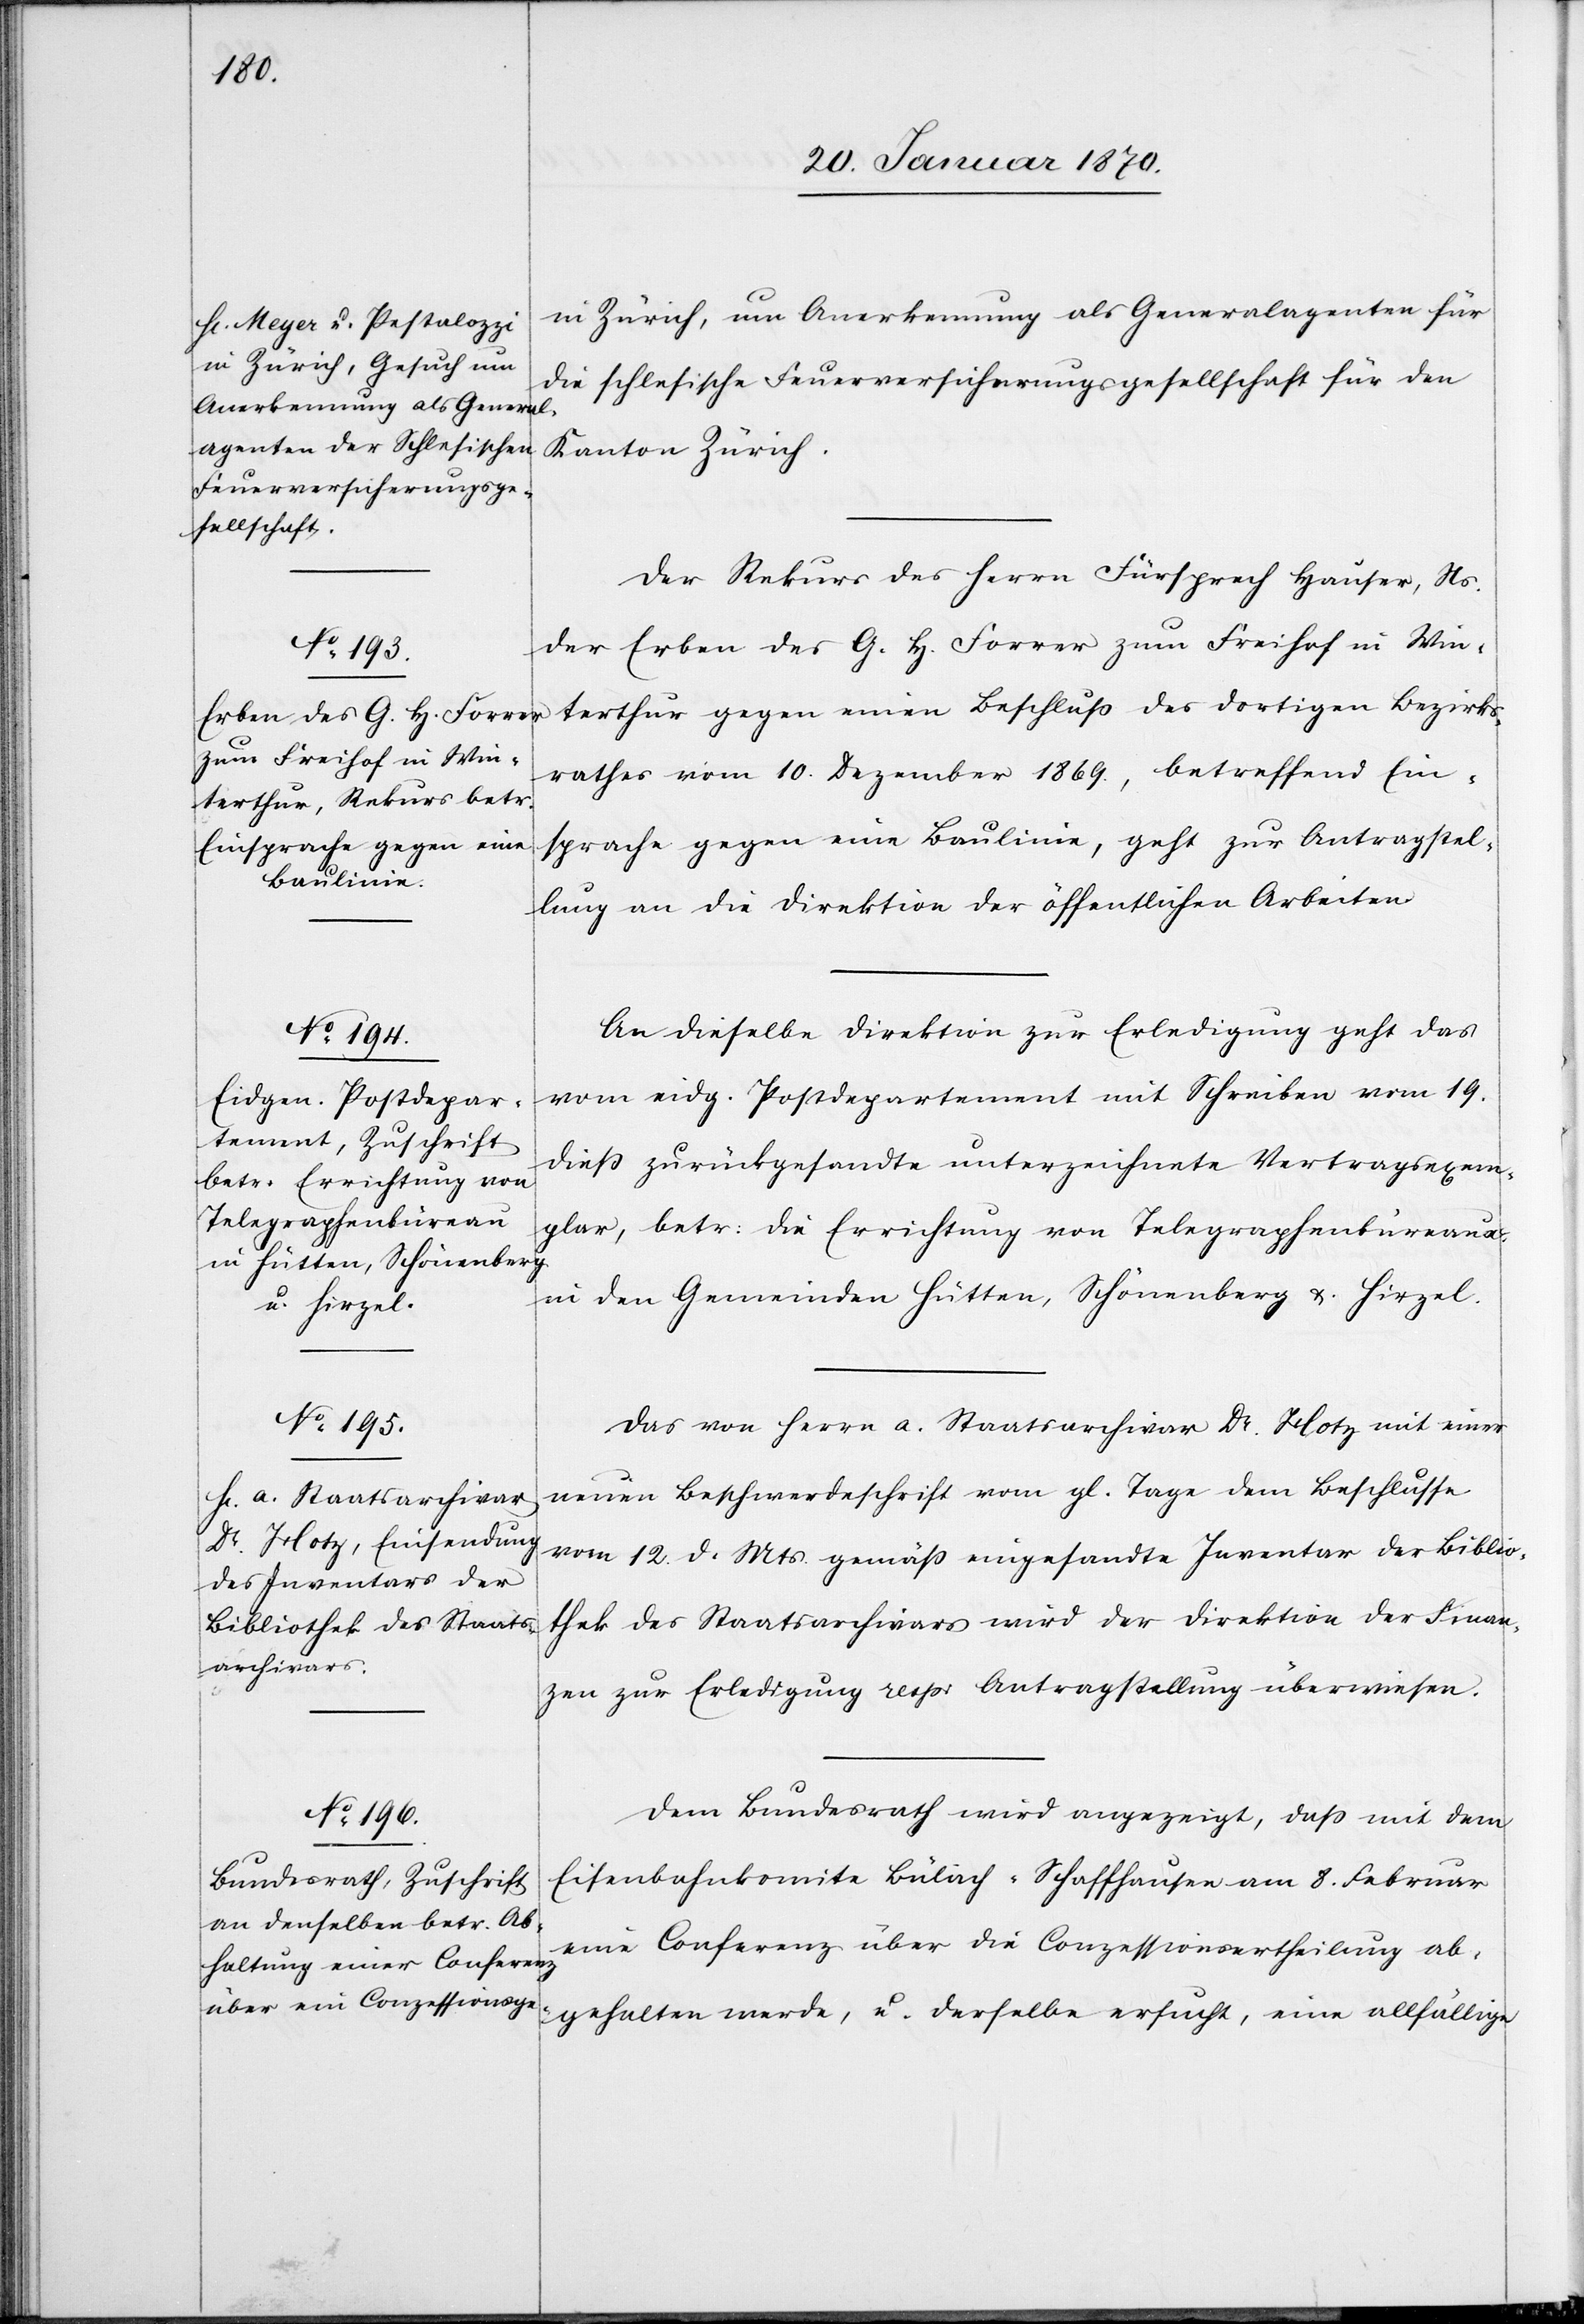
21. Januar 1870.]
Zürich, um Anerkennung als Generalagenten für
die schlesische Feuerversicherungsgesellschaft für den
Kanton Zürich.
Der Rekurs des Herrn Fürsprech Hauser, Ns.
der Erben des G. H. Forrer zum Freihof in Win¬
terthur gegen einen Beschluß des dortigen Bezirks¬
rathes vom 10. Dezember 1869., betreffend Ein¬
sprache gegen eine Baulinie, geht zur Antragstel¬
lung an die Direktion der öffentlichen Arbeiten.
An dieselbe Direktion zur Erledigung geht das
vom eidg. Postdepartement mit Schreiben vom 19.
dieß zurückgesandte unterzeichnete Vertragsexem¬
plar, betr: die Errichtung von Telegraphenbüreaux
in den Gemeinden Hütten, Schönenberg u. Hirzel.
Das von Herrn a. Staatsarchivar Dr. Hotz mit einer
neuen Beschwerdeschrift vom gl. Tage dem Beschlusse
vom 12. d. Mts. gemäß eingesandte Inventar der Biblio¬
thek des Staatsarchivars wird der Direktion der Finan¬
zen zur Erledigung resp: Antragstellung überwiesen.
Dem Bundesrath wird angezeigt, daß mit dem
Eisenbahnkomite Bülach-Schaffhausen am 8. Februar
eine Conferenz über die Conzessionsertheilung ab¬
gehalten werde, u. derselbe ersucht, eine allfällige